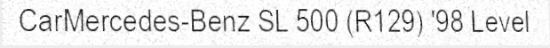
CarMercedes-Benz SL 500 (R129) '98 Level